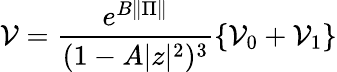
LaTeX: \mathcal{V}=\frac{e^{B\| \Pi\| }}{(1-A|z|^{2})^{3}}\left\{ \mathcal{V}_{0}+\mathcal{V}_{1}\right\}